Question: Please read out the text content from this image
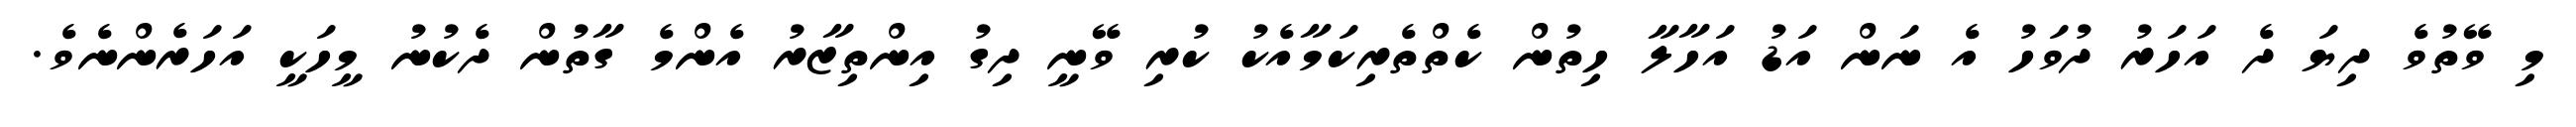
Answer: މި ވޭތުވެ ދިޔަ ދެ އަހަރު ދުވަހު އެ ނަން އަޑު އަހާލާ ހިތުން ކެތްތެރިކަމާއެކު ކުރި ވޭނީ ދިގު އިންތިޒާރު އެންމެ ގާތުން ދެކުނު މީހަކީ އަހަރެންނެވެ.